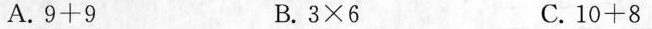
A. $$9 + 9$$ B. $$3 \times 6$$ C. $$1 0 + 8$$